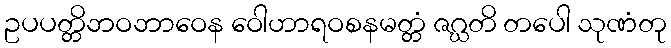
ဥပပတ္တိဘဝဘာဝေန ဝေါဟာရဝစနမတ္တံ ဇဂ္ဃတိ တပေါ သုဏံတု